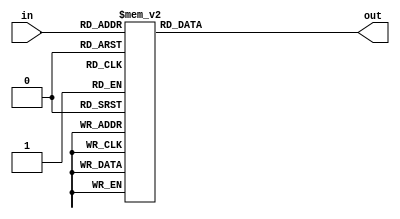

// @file decode_7seg.v
// @breif 7SEG-LED 
// @author Yusuke Matsunaga ( )
//
// Copyright (C) 2019 Yusuke Matsunaga
// All rights reserved.
//
// []
// 7SEG-LED  0-9, A-F 
//
// []
// in:  (4)
// out: (8)
module decode_7seg(input [3:0] in,
		   output [7:0] out);
			
		function [7:0] decoder(input [3:0] in);
		begin
			case(in)
				4'b0000:decoder=8'b11111100;
				4'b0001:decoder=8'b01100000;
				4'b0010:decoder=8'b11011010;
				4'b0011:decoder=8'b11110010;
				4'b0100:decoder=8'b01100110;
				4'b0101:decoder=8'b10110110;
				4'b0110:decoder=8'b10111110;
				4'b0111:decoder=8'b11100000;
				4'b1000:decoder=8'b11111110;
				4'b1001:decoder=8'b11110110;
				4'b1010:decoder=8'b11101110;
				4'b1011:decoder=8'b00111110;
				4'b1100:decoder=8'b00011010;
				4'b1101:decoder=8'b01111010;
				4'b1110:decoder=8'b10011110;
				4'b1111:decoder=8'b10001110;
				default:decoder=8'b11111100;
			endcase
		end
		endfunction
		
		assign out=decoder(in);

endmodule // decode_7seg